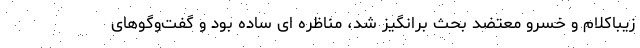
زیباکلام و خسرو معتضد بحث برانگیز شد، مناظره ای ساده بود و گفت‌وگوهای